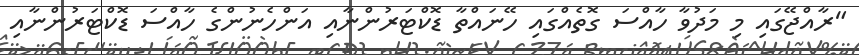
"ރާއްޖޭގައި މި މަދުވާ ހާއްސަ ގޮތެއްގައި ހޭނައްތާ ޑޮކްޓަރުންނާއި އަންހެނުންގެ ހާއްސަ ޑޮކްޓަރުންނާއި